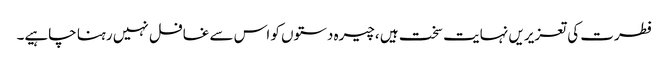
فطرت کی تعزیریں نہایت سخت ہیں ،چیرہ دستوں کو اس سے غافل نہیں رہنا چاہیے۔